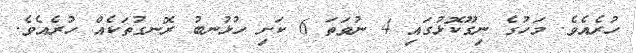
ހުރެއެވެ. މަހުގެ ނިގޫކޮޅުގައި 4 ނުވަތަ 6 ކަށި ހުޅުނބު ރޮނގުތަކެއް ހުރެއެވެ.